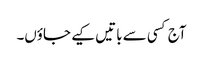
آج کسی سے باتیں کیے جاؤں۔